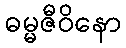
ဓမ္မဇီဝိနော